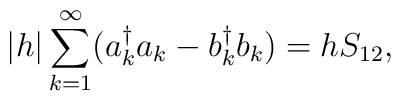
|h|\sum_{k=1}^\infty (a_k^\dagger a_k -b_k^\dagger b_k) =h S_{12},